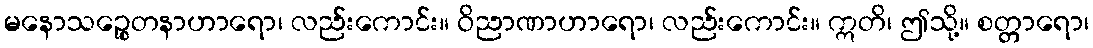
မနောသဉ္စေတနာဟာရော၊ လည်းကောင်း။ ဝိညာဏာဟာရော၊ လည်းကောင်း။ ဣတိ၊ ဤသို့။ စတ္တာရော၊